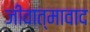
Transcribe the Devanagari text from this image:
जीवात्मावाद